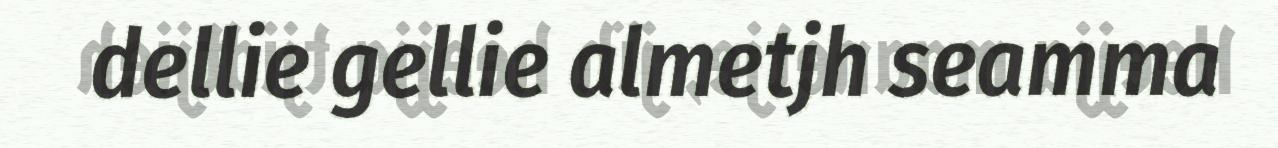
dellie gellie almetjh seamma